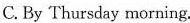
C. By Thursday morning.